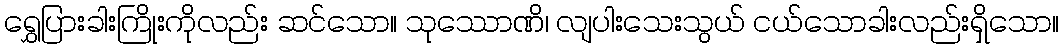
ရွှေပြားခါးကြိုးကိုလည်း ဆင်သော။ သုဿောဏိ၊ လျပါးသေးသွယ် ငယ်သောခါးလည်းရှိသော။